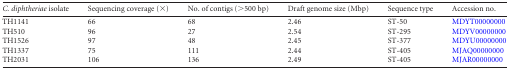
| C. diphtheriae isolate | Sequencing coverage (×) | No. of contigs (>500 bp) | Draft genome size (Mbp) | Sequence type | Accession no. |
 | --- | --- | --- | --- | --- | --- |
 | TH1141 | 66 | 68 | 2.46 | ST-50 | MDYT00000000 |
 | TH510 | 96 | 27 | 2.54 | ST-295 | MDYV00000000 |
 | TH1526 | 97 | 48 | 2.45 | ST-377 | MDYU00000000 |
 | TH1337 | 75 | 111 | 2.44 | ST-405 | MJAQ00000000 |
 | TH2031 | 106 | 136 | 2.49 | ST-405 | MJAR00000000 |